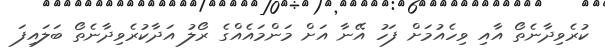
ކުރެވިދާނެތޯ އާއި ވިހެއުމަށް ފަހު އޭނާ އަށް މަންމައެއްގެ ރޯލު އަދާކުރެވިދާނެތޯ ބަލައިފަ